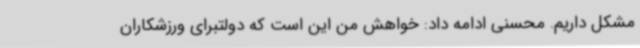
مشکل داریم. محسنی ادامه داد: خواهش من این است که دولتبرای ورزشکاران